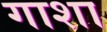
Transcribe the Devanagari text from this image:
गाशा